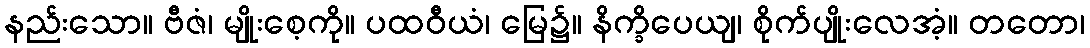
နည်းသော။ ဗီဇံ၊ မျိုးစေ့ကို။ ပထဝီယံ၊ မြေ၌။ နိက္ခိပေယျ၊ စိုက်ပျိုးလေအံ့။ တတော၊